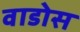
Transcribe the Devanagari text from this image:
वाडोस